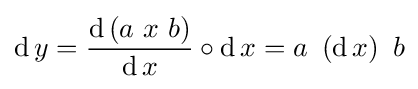
\operatorname {d} y={\frac {\operatorname {d} \left(a\ x\ b\right)}{\operatorname {d} x}}\circ \operatorname {d} x=a\ \left(\operatorname {d} x\right)\ b